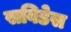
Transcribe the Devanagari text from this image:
सविडेस